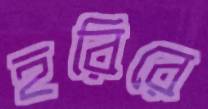
হরিরে